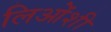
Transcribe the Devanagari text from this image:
लिओंशी